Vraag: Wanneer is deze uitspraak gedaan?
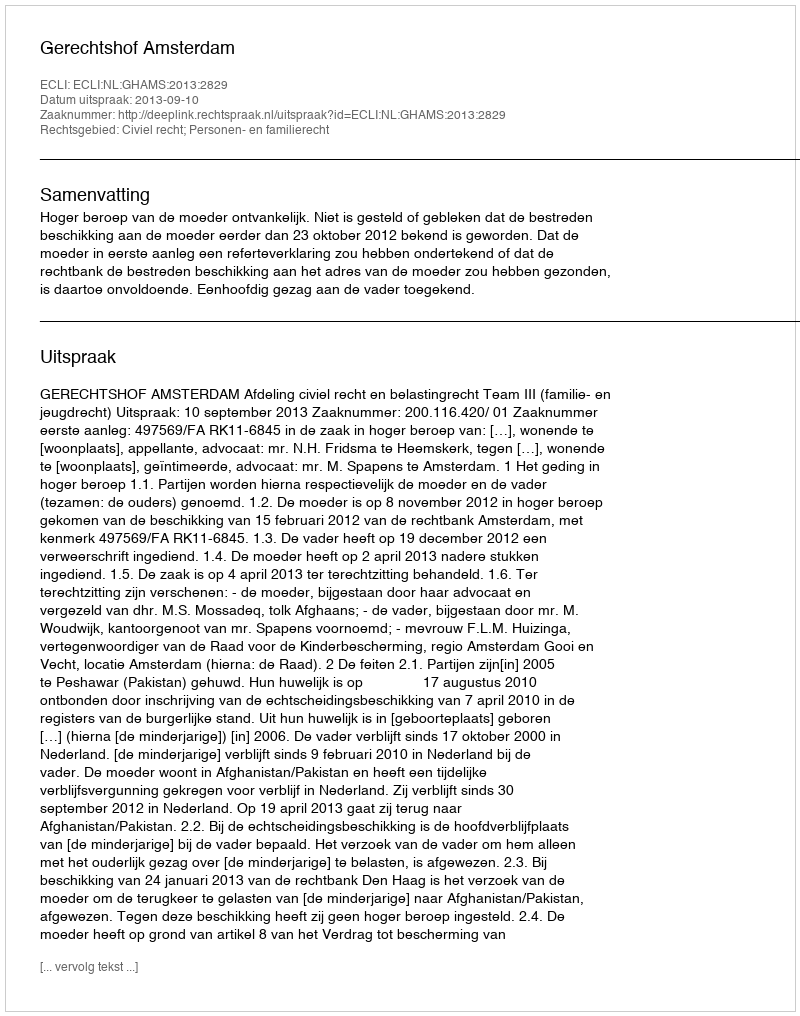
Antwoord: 2013-09-10